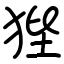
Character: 狴